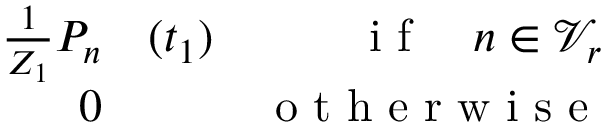
\begin{array} { r l r } { \frac { 1 } { Z _ { 1 } } P _ { n } } & { { } ( t _ { 1 } ) } & { \mathrm { ~ i ~ f ~ } \quad n \in \mathcal { V } _ { r } } \\ { 0 } & { { } } & { \mathrm { ~ o ~ t ~ h ~ e ~ r ~ w ~ i ~ s ~ e ~ } } \end{array}